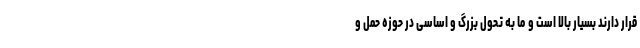
قرار دارند بسیار بالا است و ما به تحول بزرگ و اساسی در حوزه حمل و